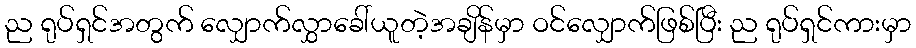
ည ရုပ်ရှင်အတွက် လျှောက်လွှာခေါ်ယူတဲ့အချိန်မှာ ဝင်လျှောက်ဖြစ်ပြီး ည ရုပ်ရှင်ကားမှာ